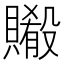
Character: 𬥨